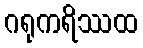
ဂရုကရိဿထ